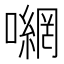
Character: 𭋮